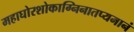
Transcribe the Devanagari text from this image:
महाघोरशोकाग्निनातप्यमानं